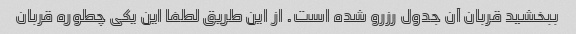
ببخشید قربان آن جدول رزرو شده است. از این طریق لطفا این یکی چطوره قربان